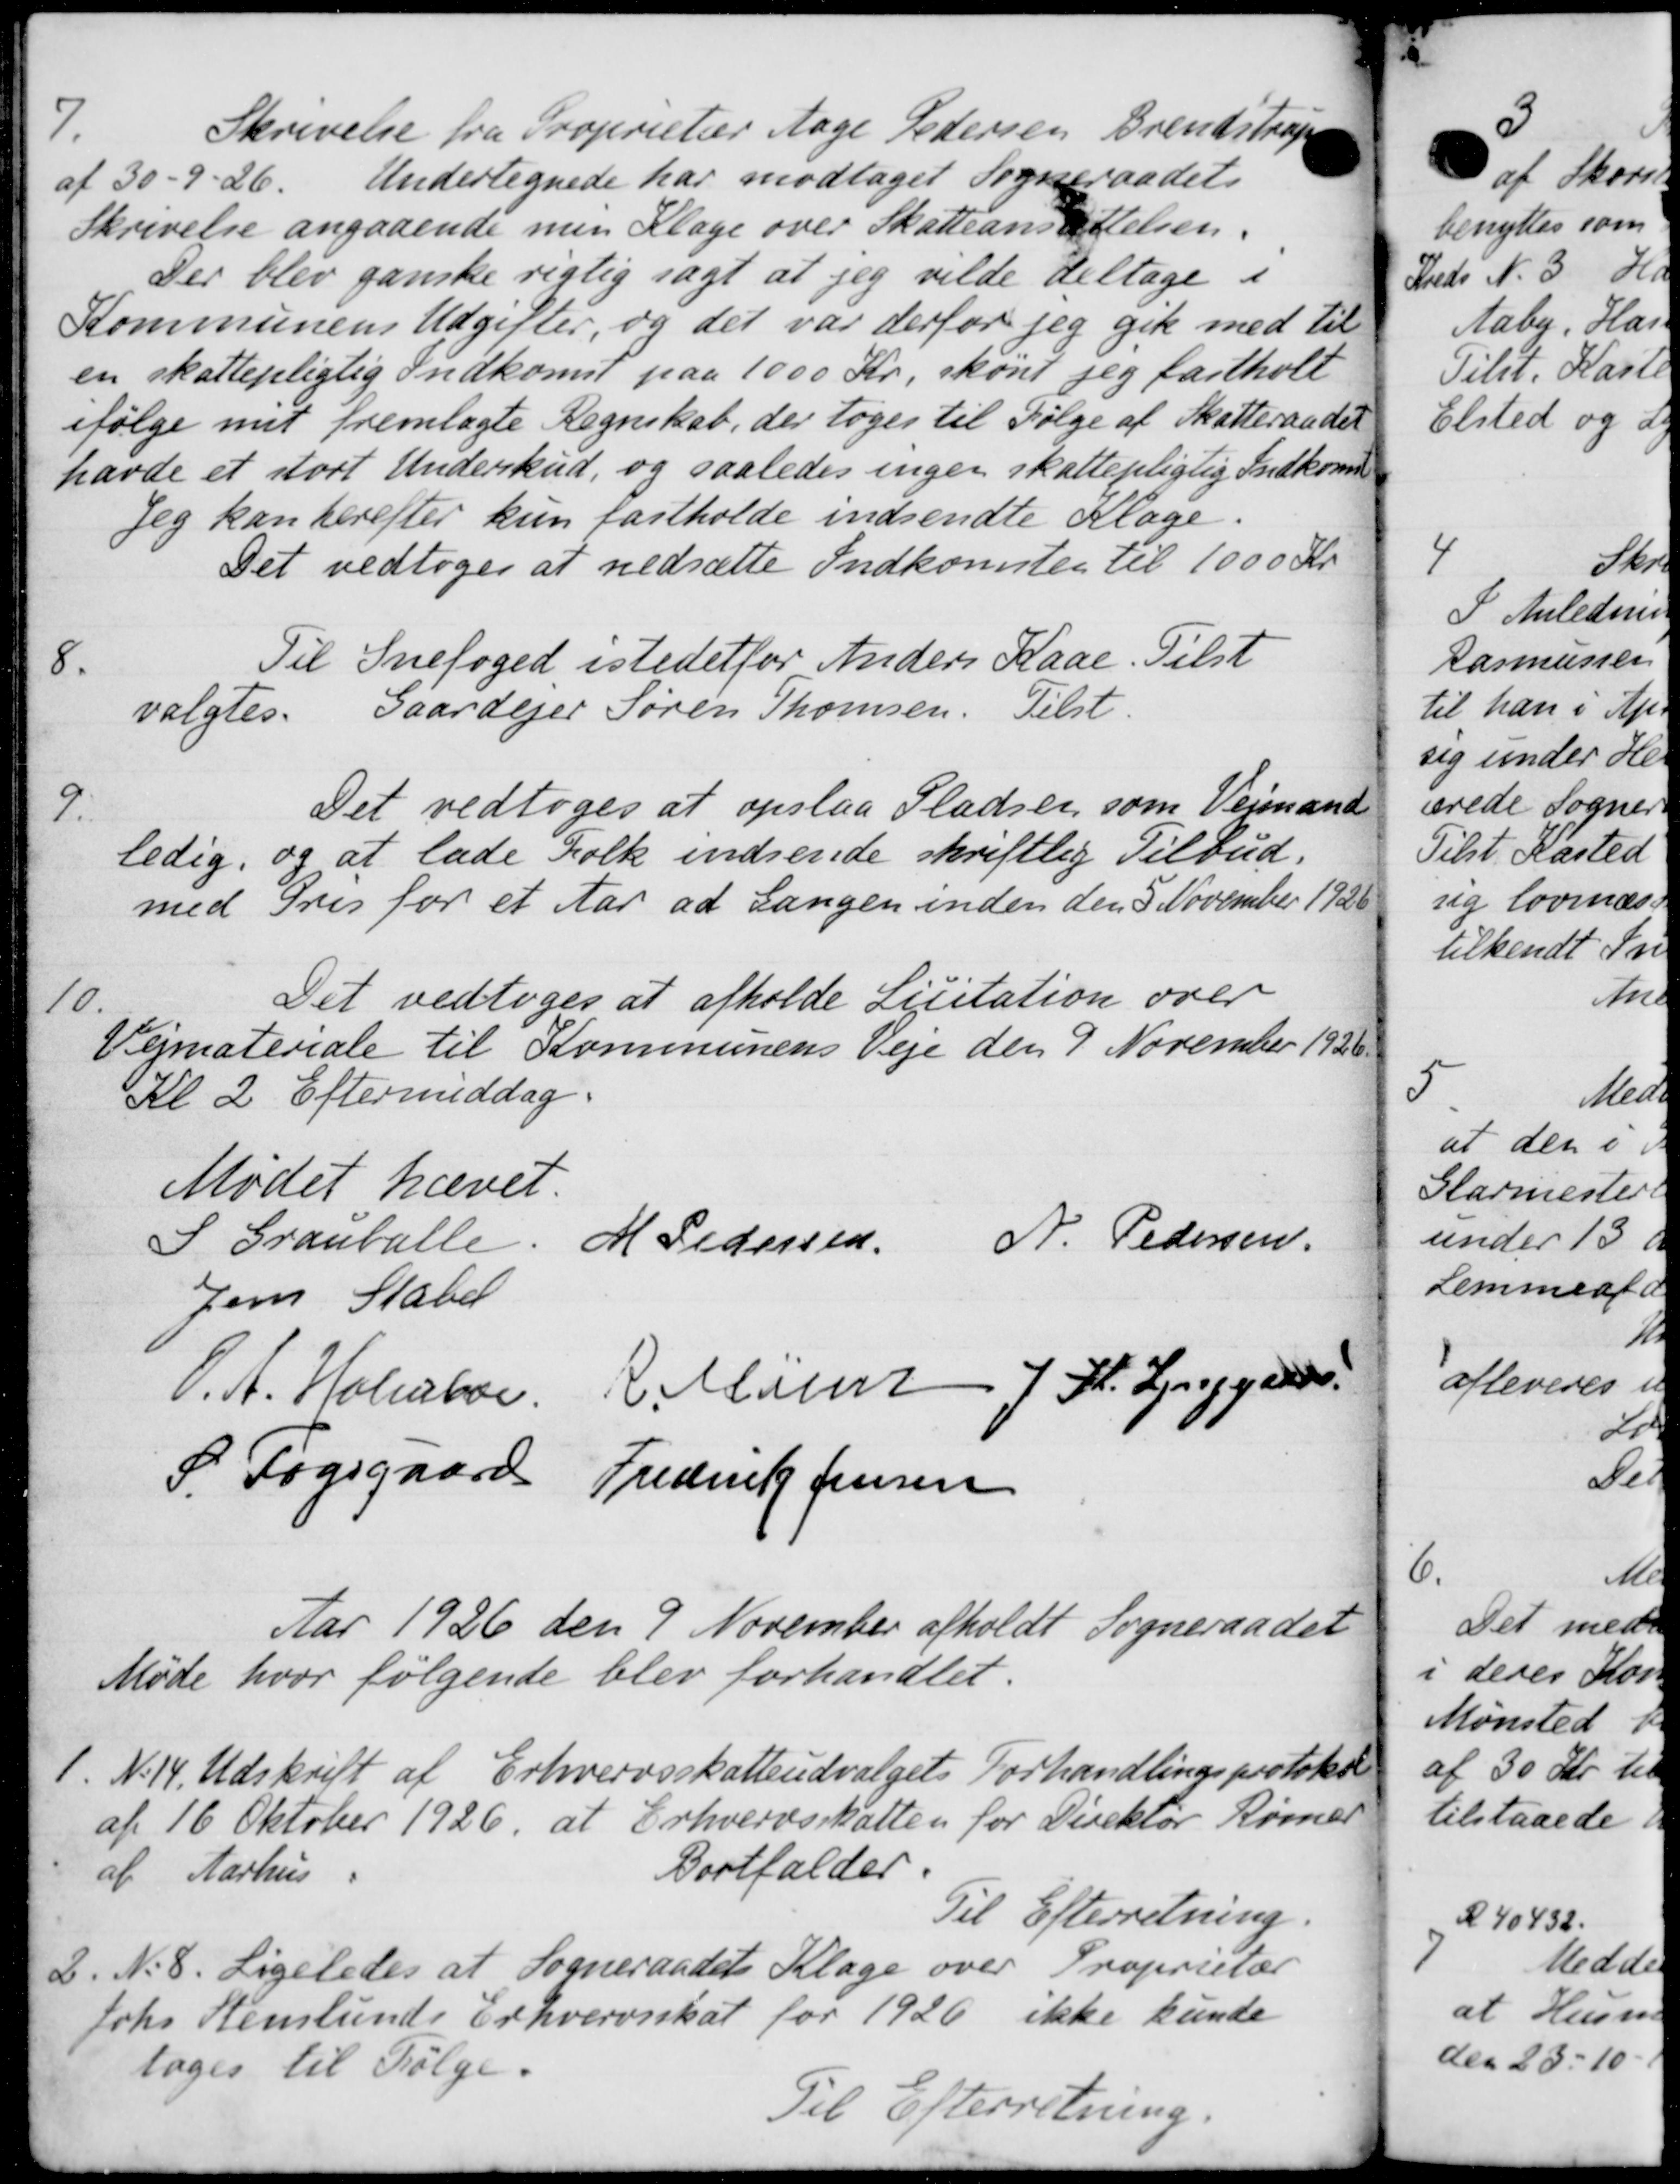
Transskription:
7.
Skrivelse fra Proprietær Aage Pedersen Brendstrup
af 30 - 9 - 26. Undertegnede har modtaget Sogneraadets
Skrivelse angaaende men Klage over Skatteansættelsen.
Der blev ganske rigtig sagt at jeg vilde deltage i
Kommunens Udgifter, og det var derfor jeg gik med til
en skattepligtig Indkomst paa 1000 Kr, skønt jeg fastholt
ifølge mit fremlagte Regnskab, der toges til Følge af Skatteraadet
havde et stort Underskud, og saaledes ingen skattepligtig Indkoms
Jeg kan herefter kun fastholde indsendte Klage.
Det vedtoges at nedsætte Indkomstes til 1000 Kr
8.
Til Snefoged istedetfor Anders Kaae. Tilst
valgtes. Gaardejer Søren Thomsen. Tilst.
9.
Det vedtoges at opslaa Pladser, som Vejmand
ledig, og at lade Folk indsende skriftlig Tilbud.
med Pris for et Aar at Langen inden den 5 November 1926
10.
Det vedtoges at afholde Licitation over
Vejmateriale til Kommunens Veje den 7 November 1926.
Kl 2 Eftermiddag.
Mødet hævet
I Granballe.
M Pedersen
N. Pedersen
Jens Stald
P. A. Holmboe R. Mann J. K. Lynggaards
S. Fogsgaard Frederik Jensen
Aar 1926 den 9 November afholdt Sogneraadet
Møde hvor følgende blev forhandlet.
1. N. 14. Udskrift af Erhvervsskatteudvalgets Forhandlingsprotokol
1. N. 14. Udskrift af Erhvervsskatteudvalgets Forhandlingsprotokol
af 16 Oktober 1926, at Erhvervsskatten for Direktør Rømer
af Aarhus
Bortfalder.
Til Efterretning.
2. N. 8. Ligeledes at Sogneraadets Klage over Proprietær
Johs Stenlunds Erhvervsskat for 1926 ikke kunde
toges til Følge.
Til Efterretning.